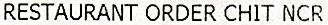
RESTAURANT ORDER CHIT NCR